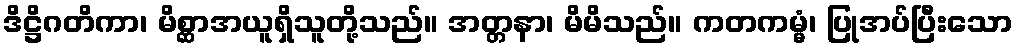
ဒိဋ္ဌိဂတိကာ၊ မိစ္ဆာအယူရှိသူတို့သည်။ အတ္တနာ၊ မိမိသည်။ ကတကမ္မံ၊ ပြုအပ်ပြီးသော